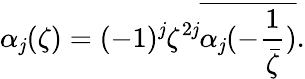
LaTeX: \alpha_{\mathit{j}}(\zeta)=(-1)^{\mathit{j}}\zeta^{2\mathit{j}}\overline{{{{\alpha_{\mathit{j}}(-\frac{{1}}{{\bar{{\zeta}}}})}}}}.